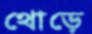
থোড়ে